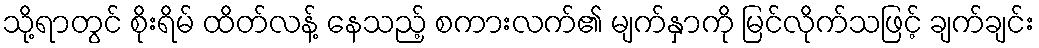
သို့ရာတွင် စိုးရိမ် ထိတ်လန့် နေသည့် စကားလက်၏ မျက်နှာကို မြင်လိုက်သဖြင့် ချက်ချင်း